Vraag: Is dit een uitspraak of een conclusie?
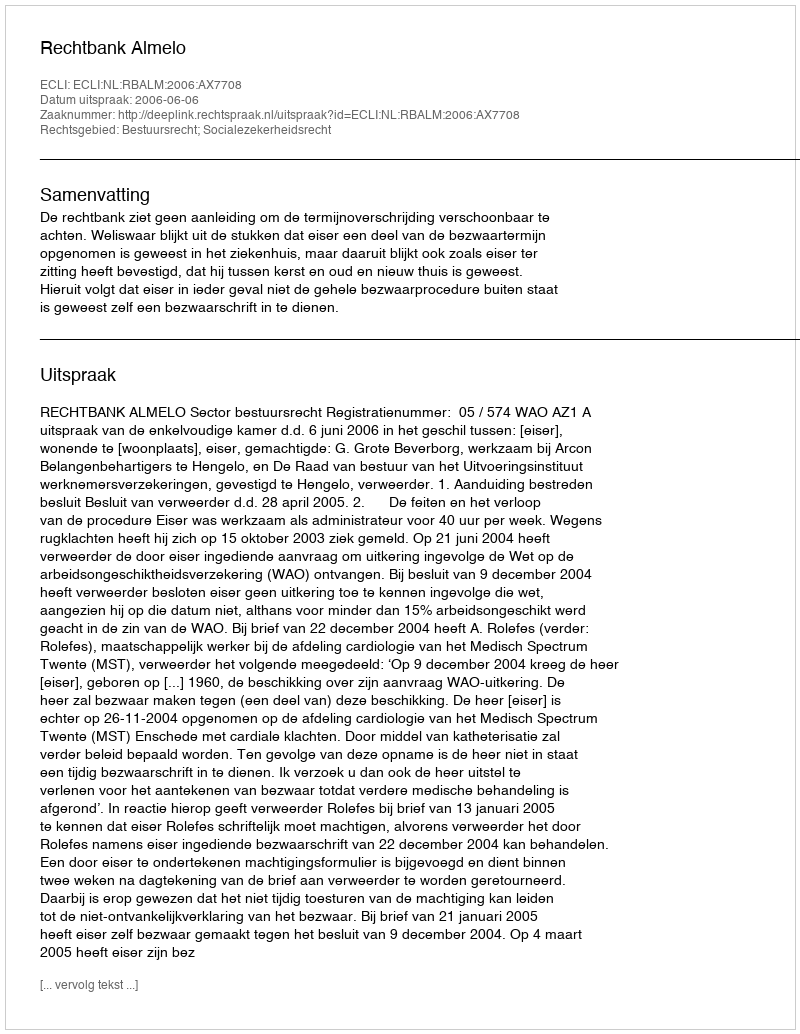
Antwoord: Uitspraak